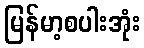
မြန်မာ့စပါးအုံး